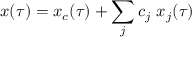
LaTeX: x ( \tau ) = x _ { c } ( \tau ) + \sum _ { j } c _ { j } \ x _ { j } ( \tau )